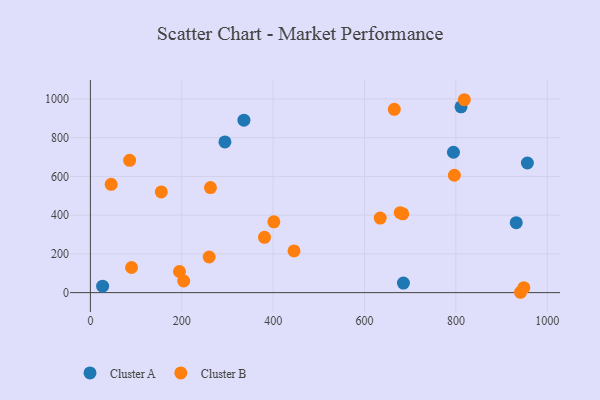
{"axis": {"x": "Experience", "y": "Demand"}, "legend": ["Cluster A", "Cluster B"], "data": [{"x": "811.3", "y": 959.3, "type": "Cluster A"}, {"x": "26.8", "y": 33.2, "type": "Cluster A"}, {"x": "294.5", "y": 777.8, "type": "Cluster A"}, {"x": "932.1", "y": 361.0, "type": "Cluster A"}, {"x": "336.1", "y": 890.2, "type": "Cluster A"}, {"x": "794.7", "y": 724.6, "type": "Cluster A"}, {"x": "685.2", "y": 49.5, "type": "Cluster A"}, {"x": "956.5", "y": 669.1, "type": "Cluster A"}, {"x": "204.2", "y": 60.1, "type": "Cluster B"}, {"x": "445.7", "y": 215.1, "type": "Cluster B"}, {"x": "401.6", "y": 365.6, "type": "Cluster B"}, {"x": "260.0", "y": 183.8, "type": "Cluster B"}, {"x": "683.7", "y": 406.8, "type": "Cluster B"}, {"x": "90.1", "y": 129.8, "type": "Cluster B"}, {"x": "634.4", "y": 384.7, "type": "Cluster B"}, {"x": "818.5", "y": 995.9, "type": "Cluster B"}, {"x": "195.0", "y": 109.0, "type": "Cluster B"}, {"x": "665.2", "y": 946.3, "type": "Cluster B"}, {"x": "85.9", "y": 683.2, "type": "Cluster B"}, {"x": "381.1", "y": 285.3, "type": "Cluster B"}, {"x": "948.8", "y": 25.8, "type": "Cluster B"}, {"x": "796.7", "y": 606.0, "type": "Cluster B"}, {"x": "45.5", "y": 559.1, "type": "Cluster B"}, {"x": "941.5", "y": 1.8, "type": "Cluster B"}, {"x": "262.8", "y": 542.1, "type": "Cluster B"}, {"x": "678.2", "y": 412.6, "type": "Cluster B"}, {"x": "155.2", "y": 519.8, "type": "Cluster B"}]}